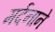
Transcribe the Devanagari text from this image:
मर्दनाने